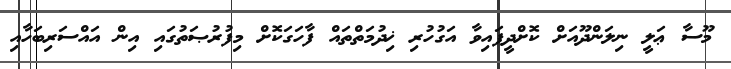
މޫސާ ޢަލީ ނިލަންދޫއަށް ކޮށްދީފައިވާ އަގުހުރި ޚިދުމަތްތައް ފާހަގަކޮށް މިފުރުޞަތުގައި އިން އައްސަރިބަހާއި